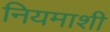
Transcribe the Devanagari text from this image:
नियमाशी